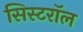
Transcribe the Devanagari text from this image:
सिस्टरॉल